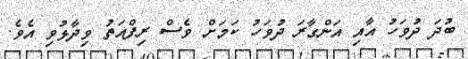
ބުދަ ދުވަހު އާއި އަންގާރަ ދުވަހު ކަމަށް ވެސް ރިފްއަތު ވިދާޅުވި އެވެ.